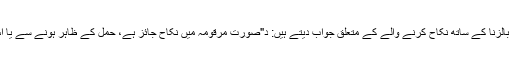
مولانا ثناء اللہ امرتسری غیر مقلد معتدہ بالزنا کے ساتھ نکاح کرنے والے کے متعلق جواب دیتے ہیں: د"صورتِ مرقومہ میں نکاح جائز ہے، حمل کے ظاہر ہونے سے یا اس کے اسقاط سے نکاح فسخ نہیں ہواد"۔